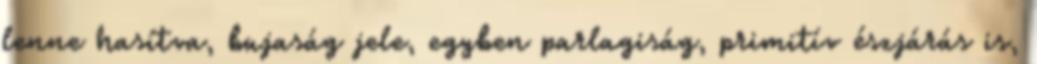
lenne hasítva, bujaság jele, egyben parlagiság, primitív észjárás is,